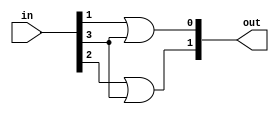
module encoder(input [3:0]in , output [1:0]out);
  assign out[0] = in[1] | in [3];
  assign out[1] = in[2] | in[3];
endmodule